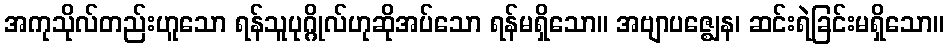
အကုသိုလ်တည်းဟူသော ရန်သူပုဂ္ဂိုလ်ဟုဆိုအပ်သော ရန်မရှိသော။ အဗျာပဇ္ဈေန၊ ဆင်းရဲခြင်းမရှိသော။